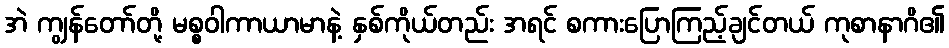
အဲ ကျွန်တော်တို့ မစ္စဝါကာယာမာနဲ့ နှစ်ကိုယ်တည်း အရင် စကားပြောကြည့်ချင်တယ် ကုစာနာဂိ၏